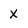
Character: X